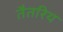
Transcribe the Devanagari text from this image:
तैतरिय